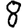
Digit: 8